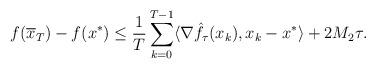
LaTeX: \begin{align*} f(\overline{x}_T) - f(x^*) \leq \frac1T \sum \limits_{k=0}^{T-1}\langle \nabla \hat{f}_\tau(x_{k}) , x_k -x^* \rangle + 2M_2\tau. \end{align*}